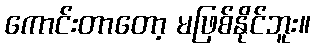
ကောင်းတာတော့ မဖြစ်နိုင်ဘူး။